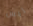
ليس